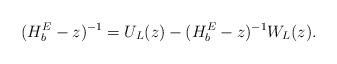
LaTeX: \begin{align*} (H^E_b-z)^{-1} = U_L(z) -(H^E_b-z)^{-1} W_L(z).\end{align*}